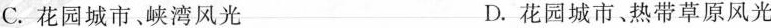
C.花园城市、峡湾风光 D.花园城市、热带草原风光